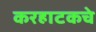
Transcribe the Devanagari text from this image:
करहाटकचे